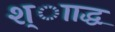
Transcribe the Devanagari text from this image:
श्ााद्ध